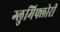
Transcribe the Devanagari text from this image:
ग्लुमिफ्लोरी